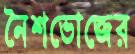
নৈশভোজের